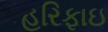
હરિફાઇ